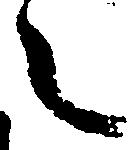
之